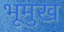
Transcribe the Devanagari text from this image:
भूमुख